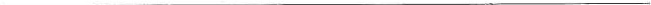
___